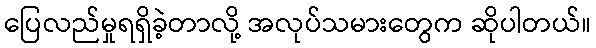
ပြေလည်မှုရရှိခဲ့တာလို့ အလုပ်သမားတွေက ဆိုပါတယ်။